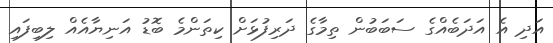
އަދި އެ އަދަބެއްގެ ސަބަބުން ތިމާގެ ދަރިފުޅަށް ކިތަންމެ ބޮޑު އަނިޔާއެއް ލިބިފައި